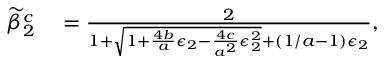
\begin{array} { r l } { \widetilde { \beta } _ { 2 } ^ { c } } & { { } = \frac { 2 } { 1 + \sqrt { 1 + \frac { 4 b } { a } \epsilon _ { 2 } - \frac { 4 c } { a ^ { 2 } } \epsilon _ { 2 } ^ { 2 } } + ( 1 / a - 1 ) \epsilon _ { 2 } } , } \end{array}